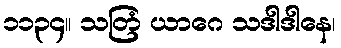
၁၁၃၄။ သတြံ ယာဂေ သဒါဒါနေ၊